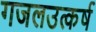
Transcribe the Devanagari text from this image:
गजलउत्कर्ष